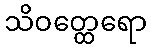
သိဝတ္ထေရော